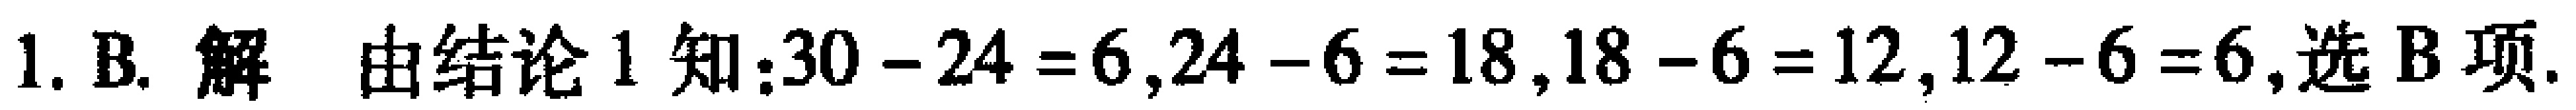
1. B. 解 由结论1知：$30 - 24 = 6,24 - 6 = 18,18 - 6 = 12,12 - 6 = 6$,选B项.